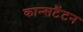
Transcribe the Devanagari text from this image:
कान्सटैंटन